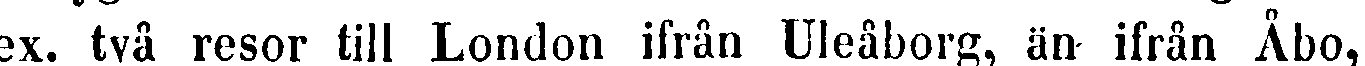
ex. två resor till London ifrån Uleåborg, än ifrån Åbo,